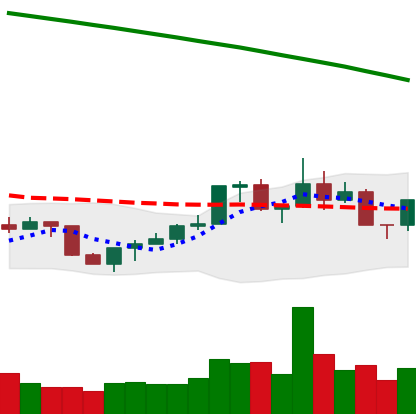
Ticker: NEO-USD
Chart end date: 2022-07-27
Forward return: 11.525%
Label: up_7plus